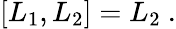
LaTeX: \left[L_{1},L_{2}\right]=L_{2}\ .